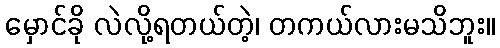
မှောင်ခို လဲလို့ရတယ်တဲ့၊ တကယ်လားမသိဘူး။